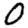
Digit: 0